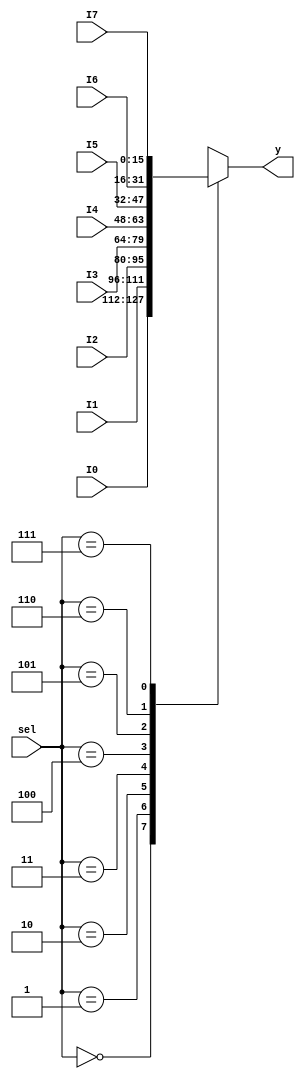
`timescale 1ns / 1ps
//////////////////////////////////////////////////////////////////////////////////
// Company: 
// Engineer: 
// 
// Design Name: 
// Module Name:    mux16_8_1 
// Project Name: 
// Target Devices: 
// Tool versions: 
// Description: 
//
// Dependencies: 
//
// Revision: 
// Revision 0.01 - File Created
// Additional Comments: 
//
//////////////////////////////////////////////////////////////////////////////////
module mux16_8_1(
	 input [15:0] I7,I6,I5,I4,I3,I2,I1,I0,
    input [2:0] sel,
    output reg [15:0] y
    );

    always @ (*) begin
        case(sel)
            3'b000: y=I0;
            3'b001: y=I1;
            3'b010: y=I2;
            3'b011: y=I3;
            3'b100: y=I4;
            3'b101: y=I5;
            3'b110: y=I6;
            3'b111: y=I7; 
        endcase
    end


endmodule